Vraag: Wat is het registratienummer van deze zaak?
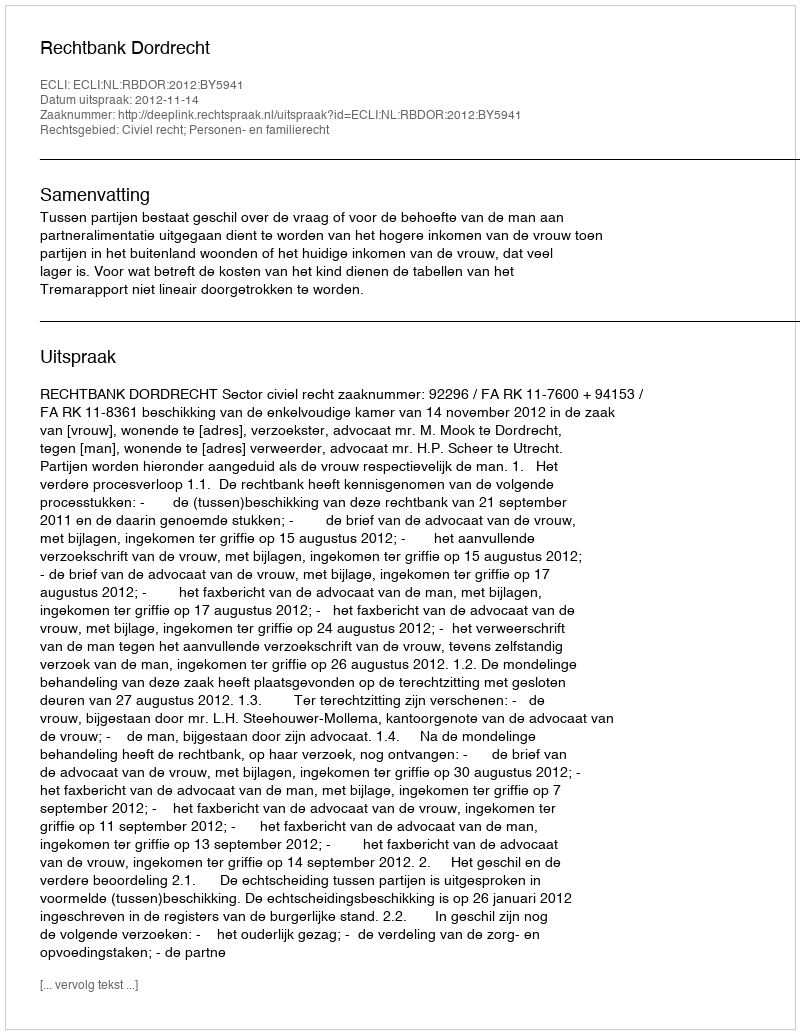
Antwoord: http://deeplink.rechtspraak.nl/uitspraak?id=ECLI:NL:RBDOR:2012:BY5941